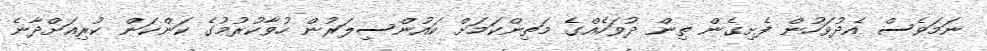
ނަމަވެސް އެދުވަހުން ފެށިގެން ތިން ދުވަހެއްގެ މަތިންކަމަށް ކައުންސިލަރުން ހުވާކުރުމުގެ ކަންކަން ކުރިއަށްދާނެ